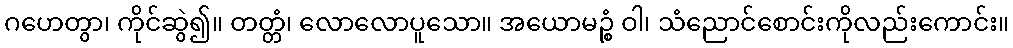
ဂဟေတွာ၊ ကိုင်ဆွဲ၍။ တတ္တံ၊ လောလောပူသော။ အယောမဉ္စံ ဝါ၊ သံညောင်စောင်းကိုလည်းကောင်း။